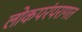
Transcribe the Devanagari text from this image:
लोकपरंपरागत